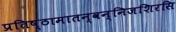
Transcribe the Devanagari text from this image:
प्रतिष्ठामातन्वन्निजशिरसि